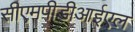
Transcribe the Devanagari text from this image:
सीएमपीडीआईएल